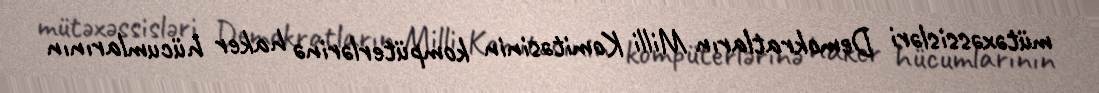
mütəxəssisləri Demokratların Milli Komitəsinin kompüterlərinə haker hücumlarının